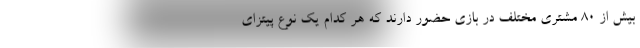
بیش از 80 مشتری مختلف در بازی حضور دارند که هر کدام یک نوع پیتزای